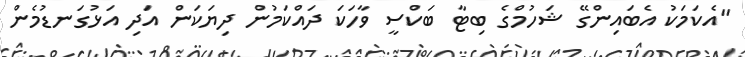
"އެކަމަކު އެބައިންގޭ ޝަހުމްގެ ބިޓާ ބަކްސީ ވާހަކަ ދައްކަމުން ދިޔަކަން އަދި އަޅުގަނޑުމެން